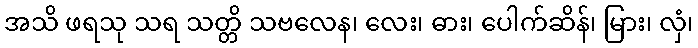
အသိ ဖရသု သရ သတ္တိ သဗလေန၊ လေး၊ ဓား၊ ပေါက်ဆိန်၊ မြား၊ လှံ၊